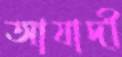
আযাদী